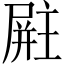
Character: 𪨚